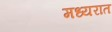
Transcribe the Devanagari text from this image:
मध्यरात